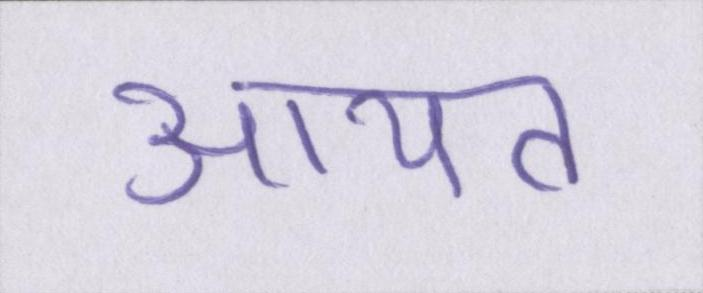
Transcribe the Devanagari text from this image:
आयत